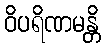
ဝိပရိဏမန္တိ